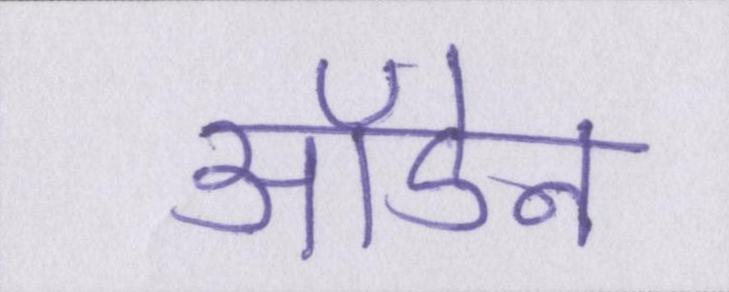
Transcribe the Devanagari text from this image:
ऑडेन